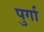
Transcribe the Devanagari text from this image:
पुर्गा